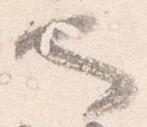
也